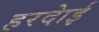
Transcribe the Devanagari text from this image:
हरदाेई